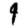
Digit: 9